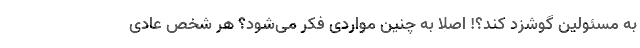
به مسئولین گوشزد کند؟! اصلا به چنین مواردی فکر می‌شود؟ هر شخص عادی